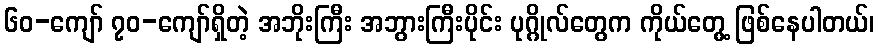
၆၀-ကျော် ၇၀-ကျော်ရှိတဲ့ အဘိုးကြီး အဘွားကြီးပိုင်း ပုဂ္ဂိုလ်တွေက ကိုယ်တွေ့ ဖြစ်နေပါတယ်၊